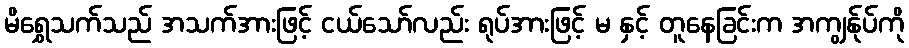
မိရွှေသက်သည် အသက်အားဖြင့် ငယ်သော်လည်း ရုပ်အားဖြင့် မ နှင့် တူနေခြင်းက အကျွန်ုပ်ကို